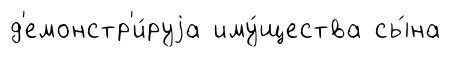
д'емонстр'и́руjа иму́щества сы́на